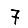
Digit: 7